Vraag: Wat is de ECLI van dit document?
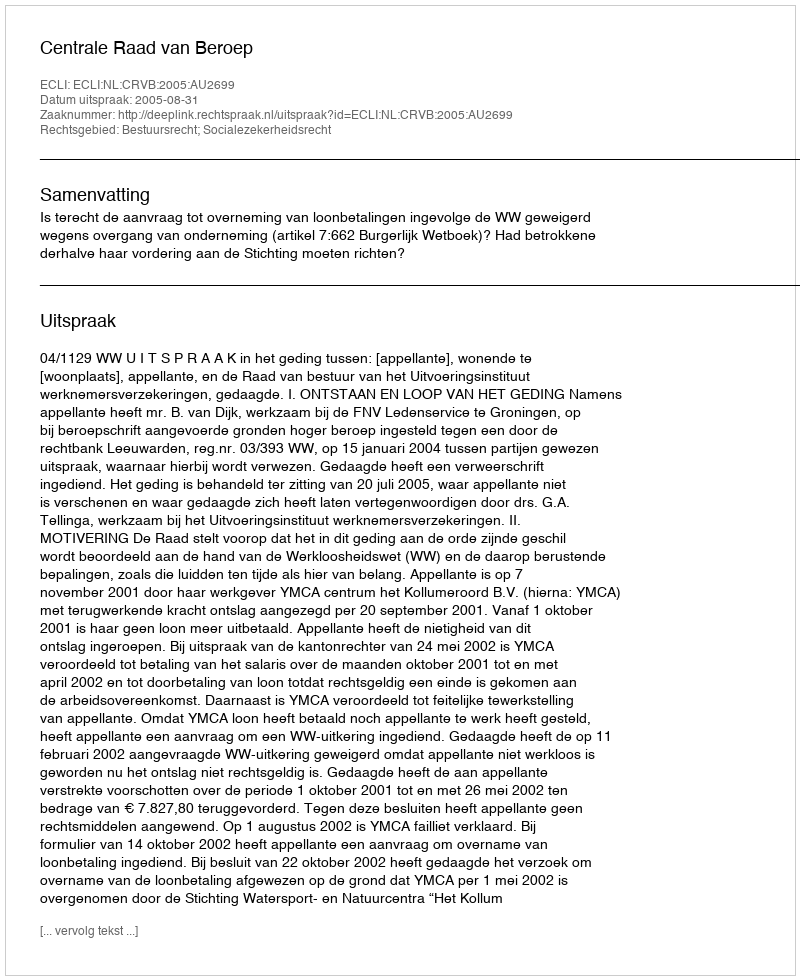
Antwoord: ECLI:NL:CRVB:2005:AU2699